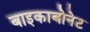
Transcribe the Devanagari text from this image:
बाइकाबोनेट